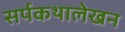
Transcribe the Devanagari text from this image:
सर्पकथालेखन